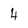
Character: 4